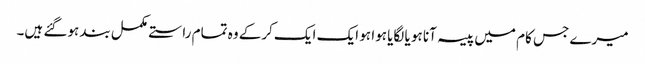
میرے جس کام میں پیسہ آنا ہو یا لگایا ہوا ہو ایک ایک کرکے وہ تمام راستے مکمل بند ہوگئے ہیں۔